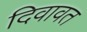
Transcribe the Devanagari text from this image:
दिवावत